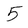
Character: 5